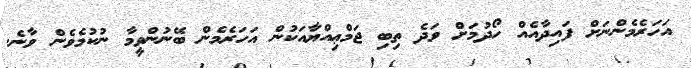
އަހަރެމެންނަށް ފައިދާއެއް ހޯދުމަށް ވަދެ ތިބި ޖަމްޢިއްޔާއަކުން އަހަރެމެން ބޭނުންވީމާ ނުކުމެވެން ވާނެ.